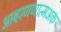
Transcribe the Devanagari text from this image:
आव्हाणणात्मअक